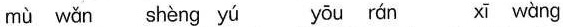
mù wǎn shèng yú yōu rán xī wàng